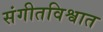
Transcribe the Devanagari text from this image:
संगीतविश्वात